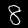
Digit: 8